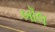
બૉલ